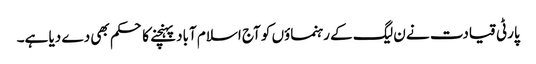
پارٹی قیادت نے ن لیگ کے رہنماؤں کو آج اسلام آباد پہنچنے کا حکم بھی دے دیا ہے۔